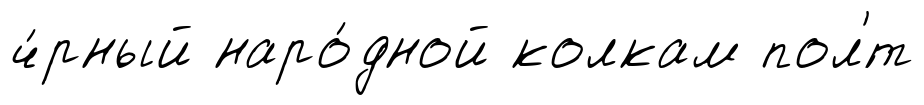
ч́рный наро́дной колкам пол'́т